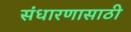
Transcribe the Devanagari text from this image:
संधारणासाठी